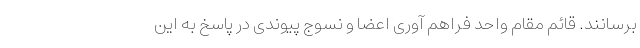
برسانند. قائم مقام واحد فراهم آوری اعضا و نسوج پیوندی در پاسخ به این